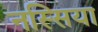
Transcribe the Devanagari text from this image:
नस्सिया